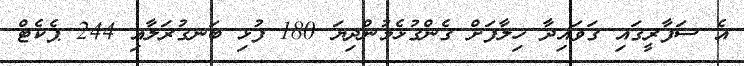
އެ ސަފާރީގައި ގަވައިދާ ހިލާފަށް ގެންގުޅެމުންދިޔަ 180 ފުޅި ބަނގުރަލާއި 244 ޕެކެޓް